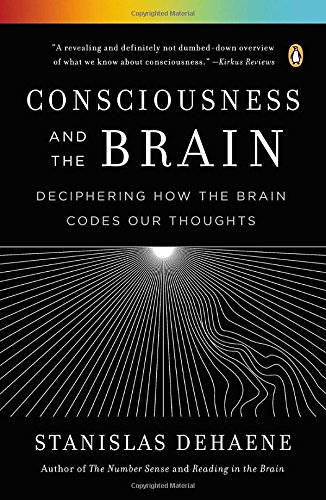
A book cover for Consciousness and the Brain: Deciphering How the Brain Codes Our Thoughts; Stanislas Dehaene; Science & Math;